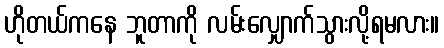
ဟိုတယ်ကနေ ဘူတာကို လမ်းလျှောက်သွားလို့ရမလား။